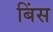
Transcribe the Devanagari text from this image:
बिंस